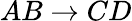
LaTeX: AB\to CD